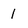
Character: 1